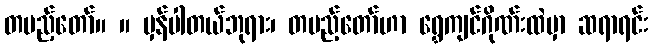
တပည့်တော်။ ။ မှန်ပါတယ်ဘုရား၊ တပည့်တော်ဟာ ရွှေကျင်ဂိုဏ်းထဲမှာ ဆရာရင်း